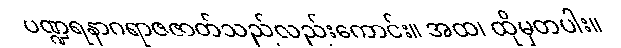
ပဏ္ဍရနာဂရာဇဇာတ်သည်လည်းကောင်း။ အထ၊ ထိုမှတပါး။